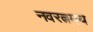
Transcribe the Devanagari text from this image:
नवरत्नमय